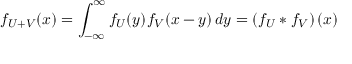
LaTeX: f _ { U + V } ( x ) = \int _ { - \infty } ^ { \infty } f _ { U } ( y ) f _ { V } ( x - y ) \, d y = \left( f _ { U } * f _ { V } \right) ( x )